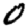
Digit: 0